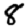
Digit: 8